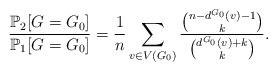
LaTeX: \begin{align*} \frac{\mathbb{P}_2[G=G_0]}{\mathbb{P}_1[G=G_0]} =\frac{1}{n} \sum_{v \in V(G_0)} \frac{\binom{n-d^{G_0}(v)-1}{k}}{\binom{d^{G_0}(v)+k}{k}}.\end{align*}